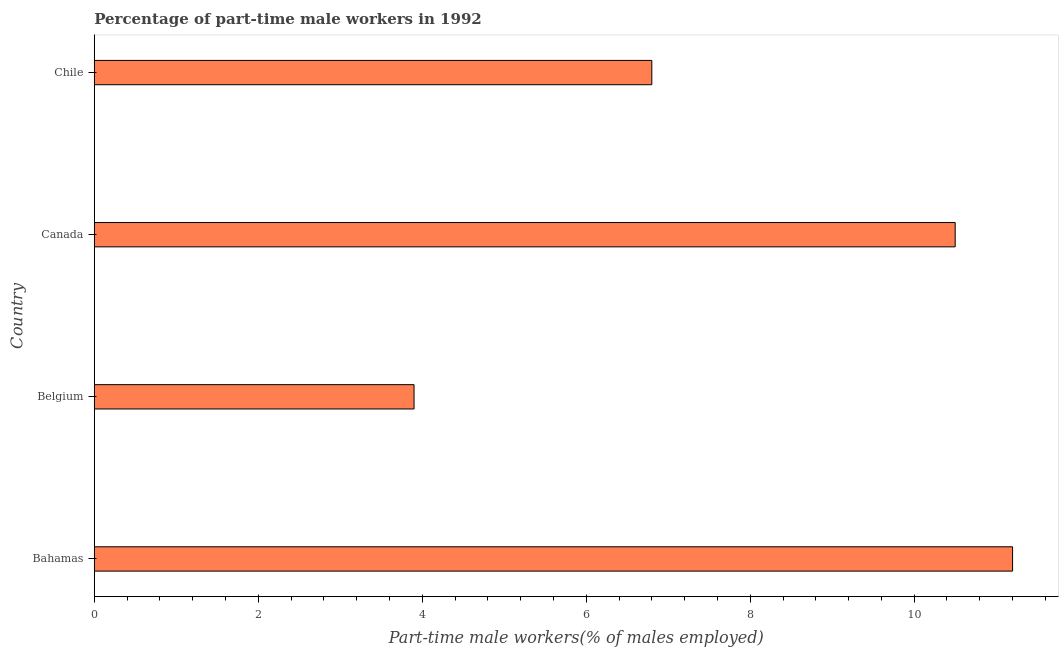
| Country | Part time employment |
 | --- | --- |
 | Bahamas | 11.2 |
 | Belgium | 3.9 |
 | Canada | 10.5 |
 | Chile | 6.8 |